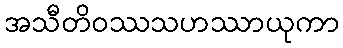
အသီတိဝဿသဟဿာယုကာ